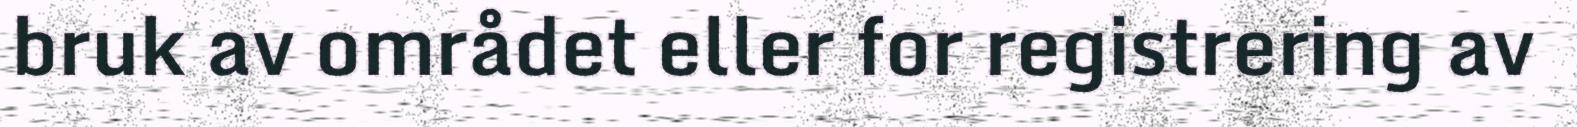
bruk av området eller for registrering av